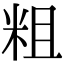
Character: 粗